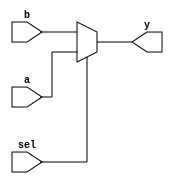
`timescale 1ns/1ns

module mux2( sel, a, b, y );

    input sel;
    input  [31:0] a, b;
    output [31:0] y;

    assign y = sel ? a : b ;

endmodule